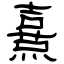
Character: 熹